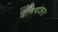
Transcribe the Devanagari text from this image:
मानयोजना